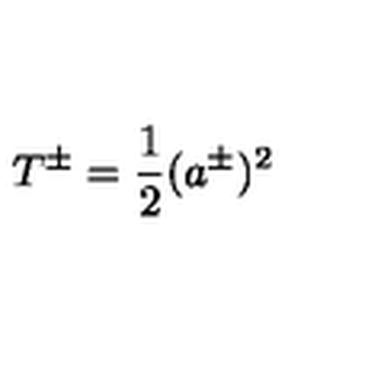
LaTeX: T ^ { \pm } = \frac { 1 } { 2 } ( a ^ { \pm } ) ^ { 2 }